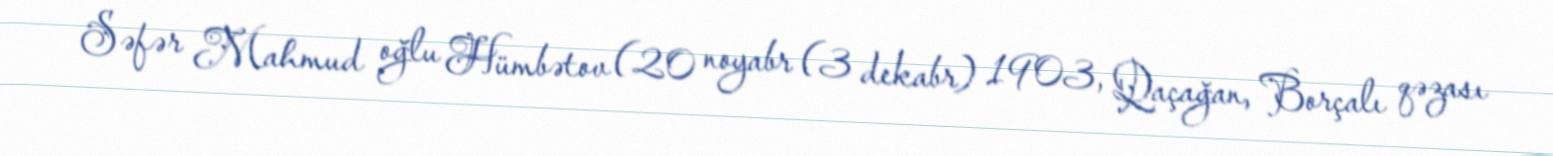
Səfər Mahmud oğlu Hümbətov (20 noyabr (3 dekabr) 1903, Qaçağan, Borçalı qəzası